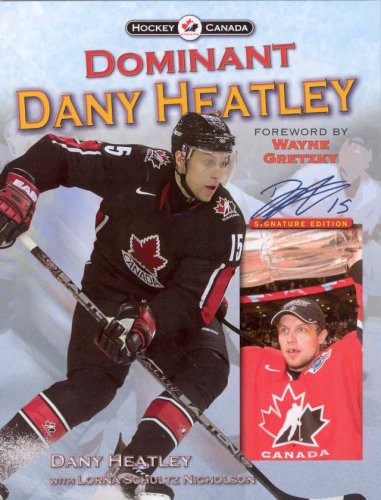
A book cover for Dominant Dany Heatley (Hockey Canada); Dany Heatley; Biographies & Memoirs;